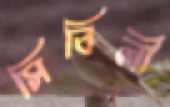
সিবিলী